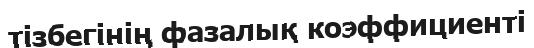
тізбегінің фазалық коэффициенті